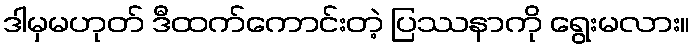
ဒါမှမဟုတ် ဒီထက်ကောင်းတဲ့ ပြဿနာကို ရွေးမလား။